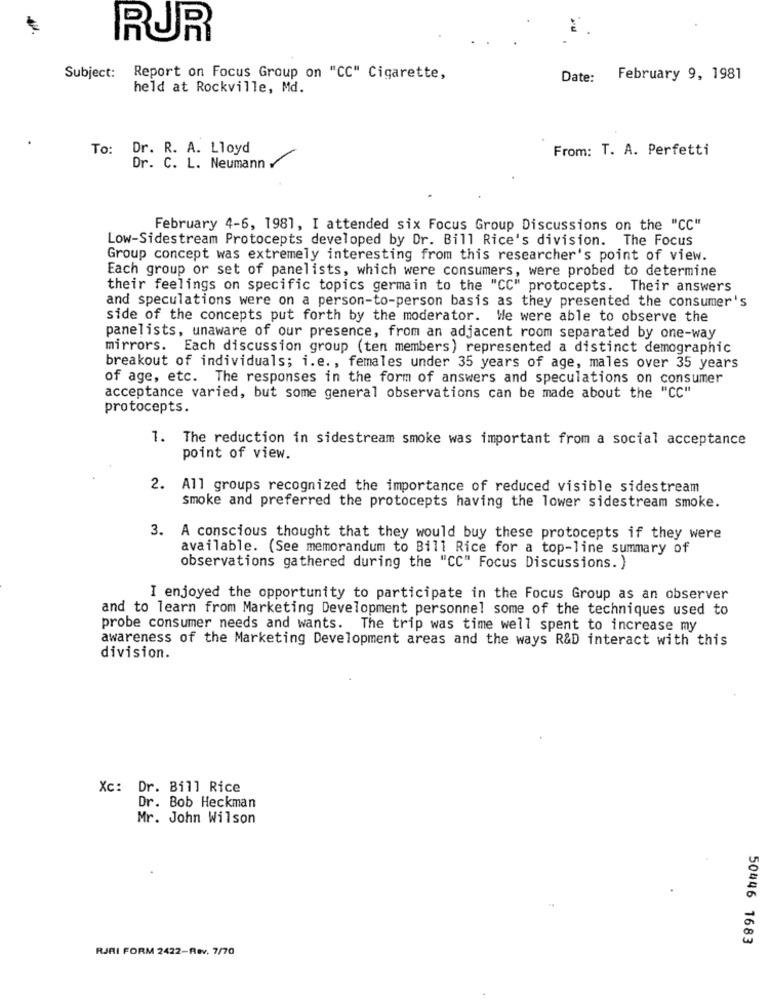
RUR
Subject: Report on Focus Group on "CC" Cigarette,
Date:
February 9, 1981
held at Rockville, Md.
To: Dr. R. A. Lloyd
From: T. A. Perfetti
Dr. C. L. Neumann
February 4-6, 1981, I attended six Focus Group Discussions on the "CC"
Low-Sidestream Protocepts developed by Dr. Bill Rice's division. The Focus
Group concept was extremely interesting from this researcher's point of view.
Each group or set of panelists, which were consumers, were probed to determine
their feelings on specific topics germain to the "CC" protocepts. Their answers
and speculations were on a person-to-person basis as they presented the consumer's
side of the concepts put forth by the moderator. We were able to observe the
panelists, unaware of our presence, from an adjacent room separated by one-way
mirrors. Each discussion group (ten members) represented a distinct demographic
breakout of individuals; i.e ., females under 35 years of age, males over 35 years
of age, etc. The responses in the form of answers and speculations on consumer
acceptance varied, but some general observations can be made about the "CC"
protocepts.
1. The reduction in sidestream smoke was important from a social acceptance
point of view.
2. All groups recognized the importance of reduced visible sidestream
smoke and preferred the protocepts having the lower sidestream smoke.
3. A conscious thought that they would buy these protocepts if they were
available. (See memorandum to Bill Rice for a top-line summary of
observations gathered during the "CC" Focus Discussions. )
I enjoyed the opportunity to participate in the Focus Group as an observer
and to learn from Marketing Development personnel some of the techniques used to
probe consumer needs and wants. The trip was time well spent to increase my
awareness of the Marketing Development areas and the ways R&D interact with this
division.
Xc: Dr. Bill Rice
Dr. Bob Heckman
Mr. John Wilson
50446 1683
RJAI FORM 2422-Rev, 7/70